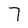
Character: 7